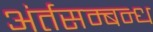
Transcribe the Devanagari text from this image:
अंर्तसम्बन्ध